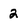
Character: 2